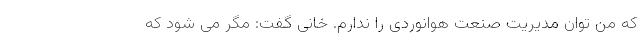
که من توان مدیریت صنعت هوانوردی را ندارم. خانی گفت: مگر می شود که